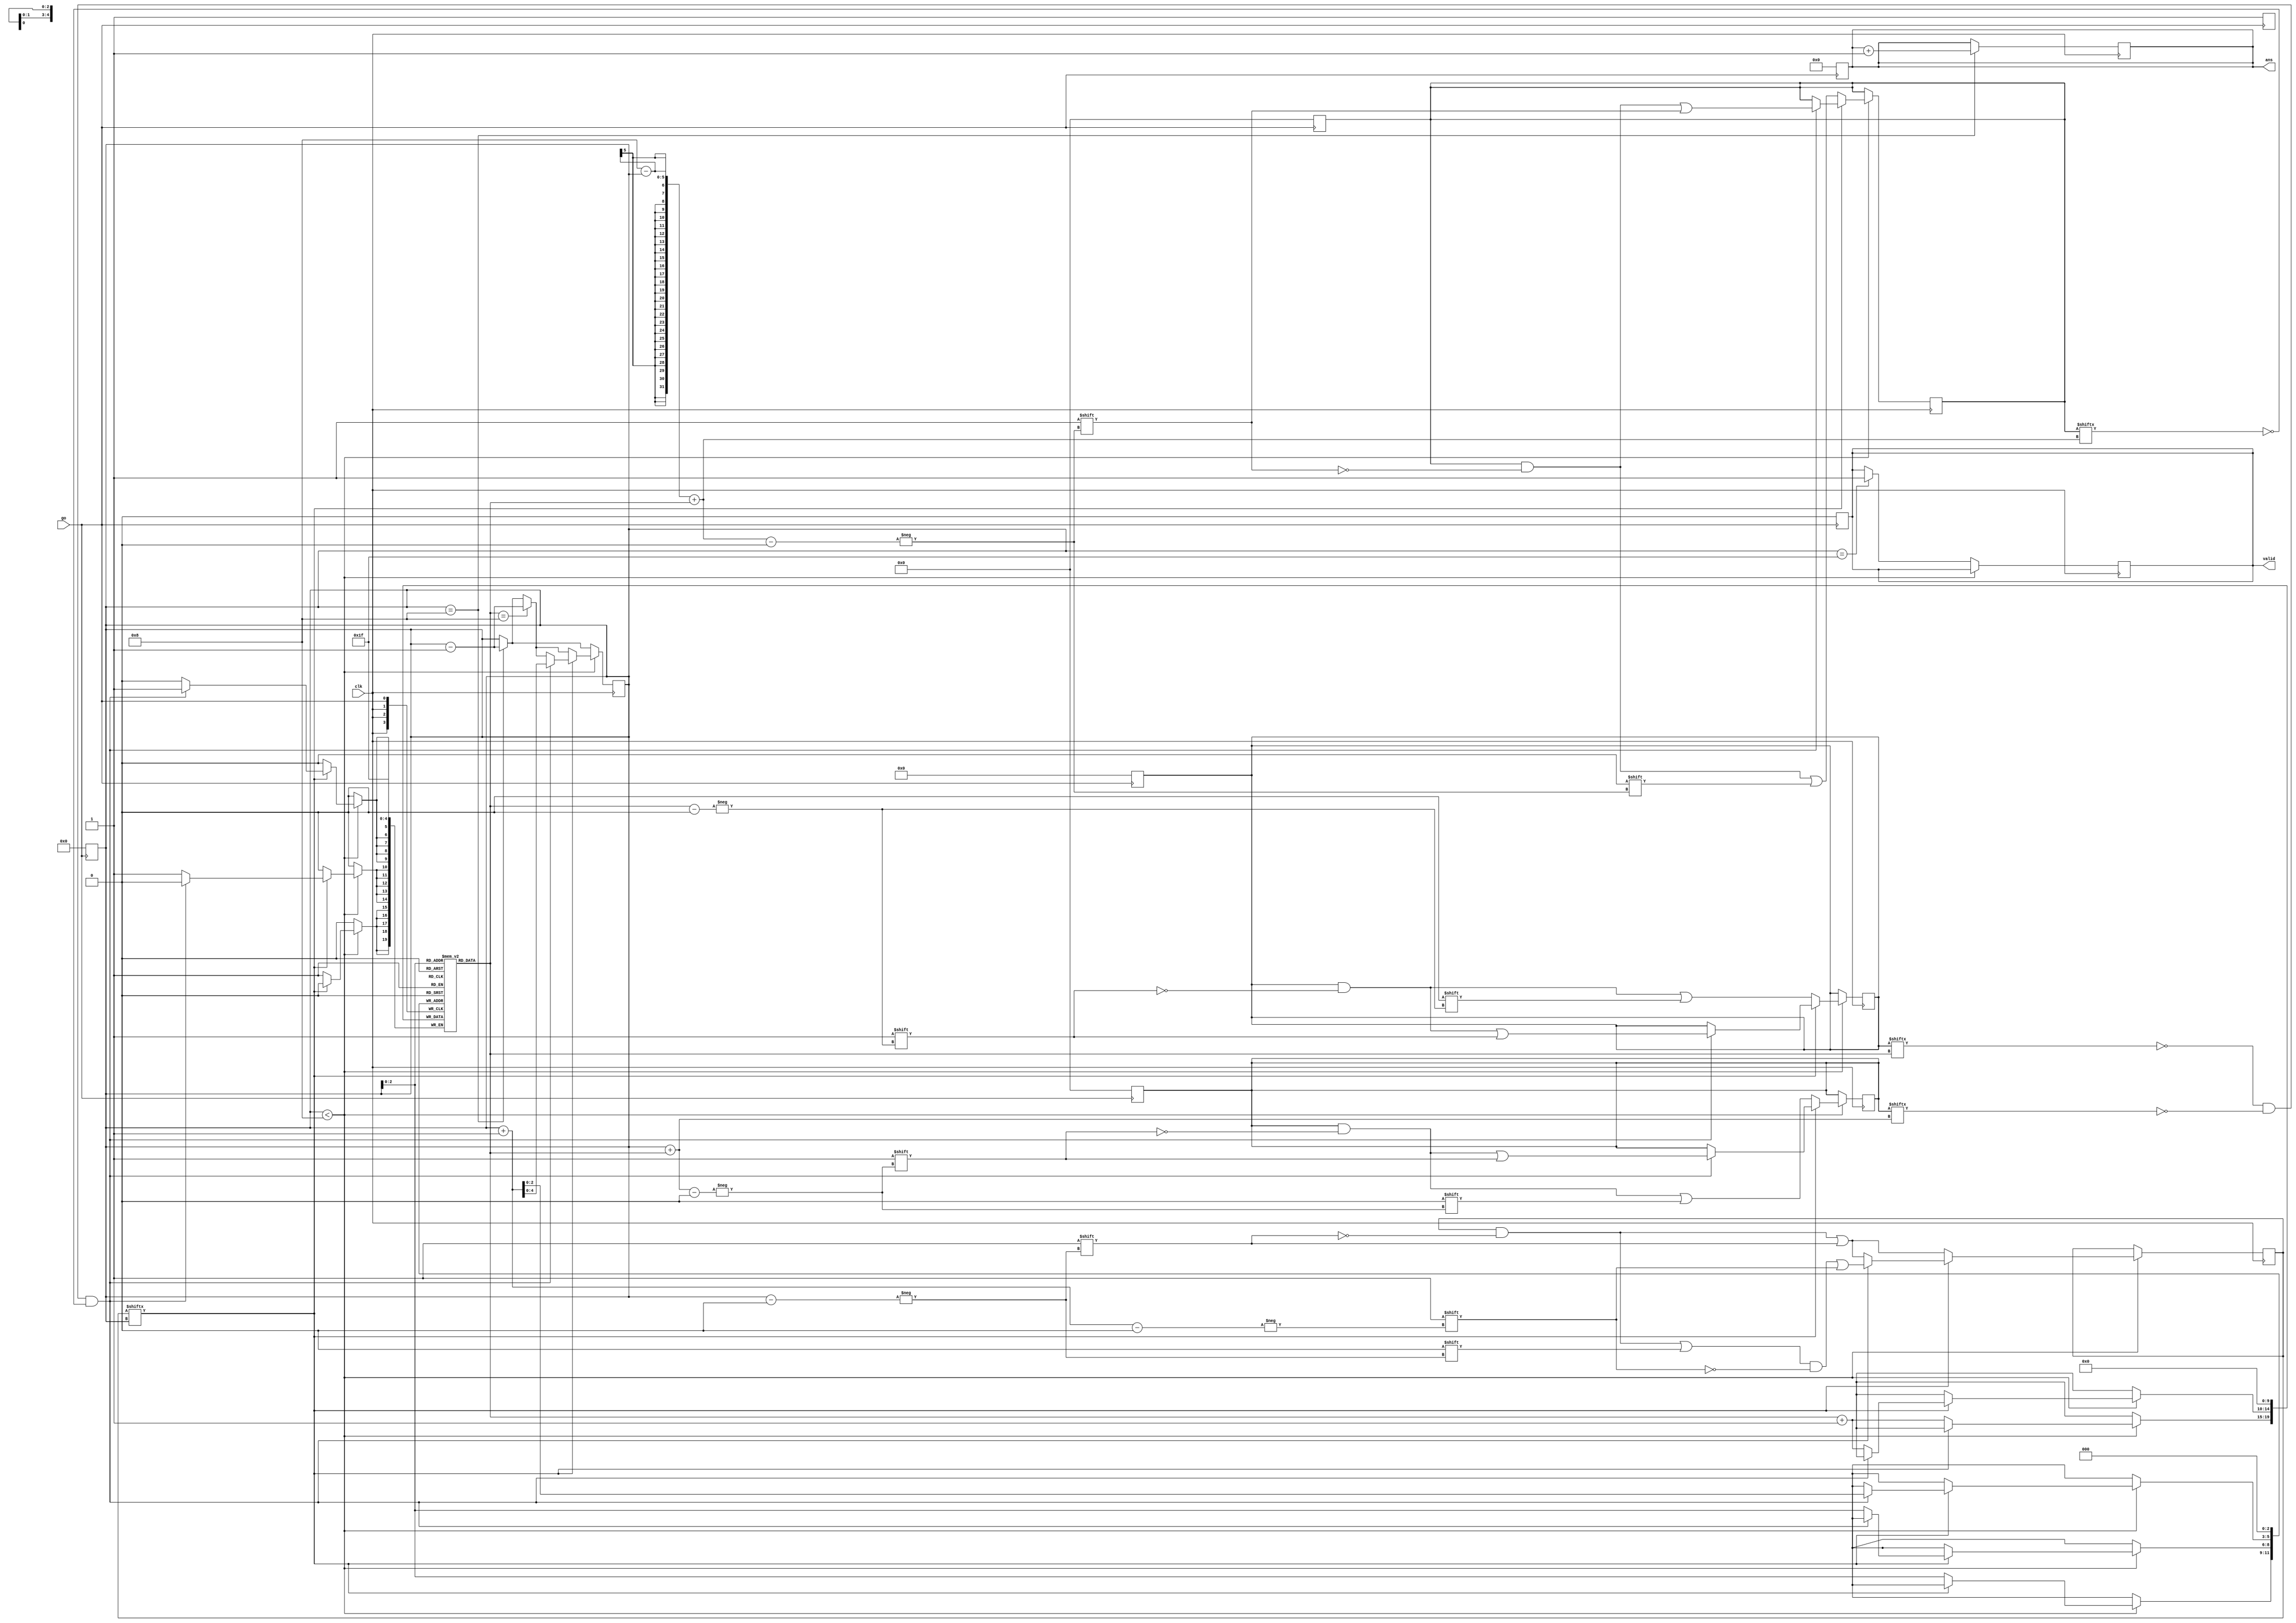
module queen(go, clk, ans, valid);
  parameter N=8;
  parameter LN=5;
  input go, clk;
  output valid;
  output[31:0] ans;
  reg valid;

  reg [N-1:0] mh;
  reg [2*N-1:0] md, ms;

  reg [31:0] ans;
  reg [LN-1:0] k, j;
  reg [LN-1:0] a [N-1:0];
  reg [N-1:0] b;

  always @(posedge clk) begin
    if (k == N) begin
      k <= k - 1;
      ans <= ans + 1;
    end if (k < N) begin
      if (a[k] == N) begin
        k <= k - 1;
      end begin
        j = a[k];
        if (b[k]) begin
          if (!mh[j] && !ms[k + j] && !md[N - k + j]) begin
            mh[j] <= 1; ms[k + j] <= 1; md[N - k + j] <= 1;
            b[k] <= 0;
            a[k + 1] <= 0;
            b[k + 1] <= 1;
            k <= k + 1;
          end else begin
            a[k] <= a[k] + 1;
            b[k] <= 1;
          end
        end else begin
          mh[j] <= 0; ms[k + j] <= 0; md[N - k + j] <= 0;
          a[k] <= a[k] + 1;
          b[k] <= 1;
        end
      end
    end else if (k == (1<<LN) - 1) begin
      $monitor("found ans -> %d", ans);
      valid <= 1;
    end
  end

  always @(posedge go) begin
    mh <= 0;
    md <= 0;
    ms <= 0;
    ans <= 0;
    valid <= 0;
    k <= 0;
    a[0] <= 0;
    b[0] <= 1;
  end
endmodule